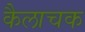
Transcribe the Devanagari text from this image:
कैलाचक